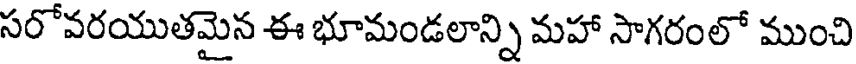
సరోవరయుతమైన ఈ భూమండలాన్ని మహా సాగరంలో ముంచి